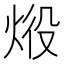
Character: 𤈧